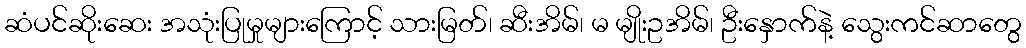
ဆံပင်ဆိုးဆေး အသုံးပြုမှုများကြောင့် သားမြတ်၊ ဆီးအိမ်၊ မ မျိုးဥအိမ်၊ ဦးနှောက်နဲ့ သွေးကင်ဆာတွေ